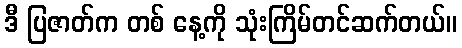
ဒီ ပြဇာတ်က တစ် နေ့ကို သုံးကြိမ်တင်ဆက်တယ်။